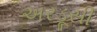
અરડૂસી